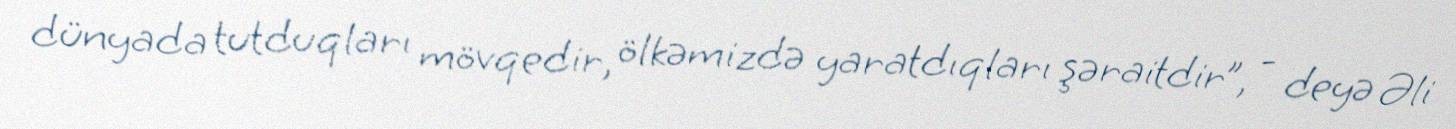
dünyada tutduqları mövqedir, ölkəmizdə yaratdıqları şəraitdir”, - deyə Əli